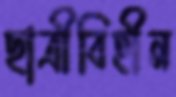
ছাত্রীবিহীন